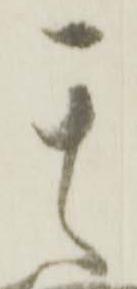
其